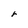
Character: r